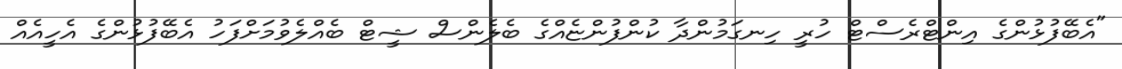
"އެބޭފުޅުންގެ އިންޓްރެސްޓް ހުރީ ހިނގަމުންދާ ކުންފުންޏެއްގެ ބެލެންސް ޝީޓް ބެއްލެވުމަށްފަހު އެބޭފުޅުންގެ އެހީއެއް